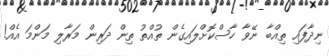
ނިދާފައި ތިއްބާ ނޭވާ ހާސްކޮށްލައިގެން ތުއްތު ތިން ދަރިން މަރާލި މަންމަ އެއް!